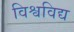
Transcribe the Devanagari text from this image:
विश्वविद्य